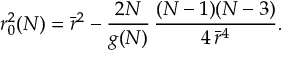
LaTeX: \sigma ^ { ( \lambda ) } \sim \sum _ { J J _ { z } ; J ^ { \prime } J _ { z } ^ { \prime } } H _ { J J _ { z } ; J ^ { \prime } J _ { z } ^ { \prime } } \cdot S _ { J J _ { z } ; J ^ { \prime } J _ { z } ^ { \prime } } ^ { ( \lambda ) } \, ,